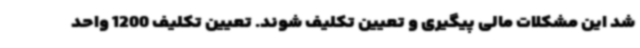
شد این مشکلات مالی پیگیری و تعیین تکلیف شوند. تعیین تکلیف 1200 واحد